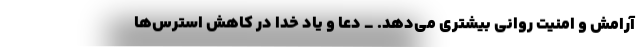
آرامش و امنیت روانی بیشتری می‌دهد. _ دعا و یاد خدا در کاهش استرس‌ها